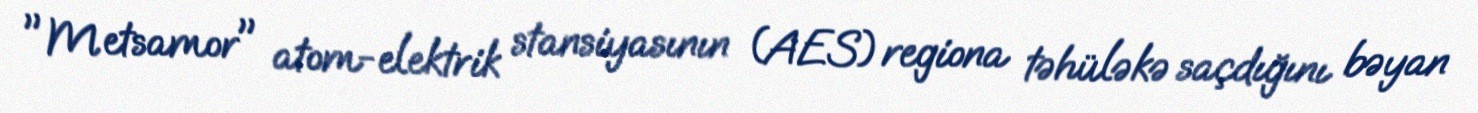
"Metsamor" atom-elektrik stansiyasının (AES) regiona təhüləkə saçdığını bəyan